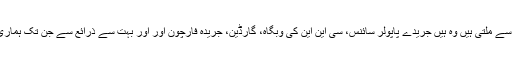
اس سلسلے میں دوسری خبریں ہمیں جن ذرائع سے ملتی ہیں وہ ہیں جریدے پاپولر سائنس، سی این این کی وبگاہ، گارڈین، جریدہ فارچون اور اور بہت سے ذرائع سے جن تک ہماری رسائی یاہو اور گوگل کے ذریعے ہوتی ہے۔